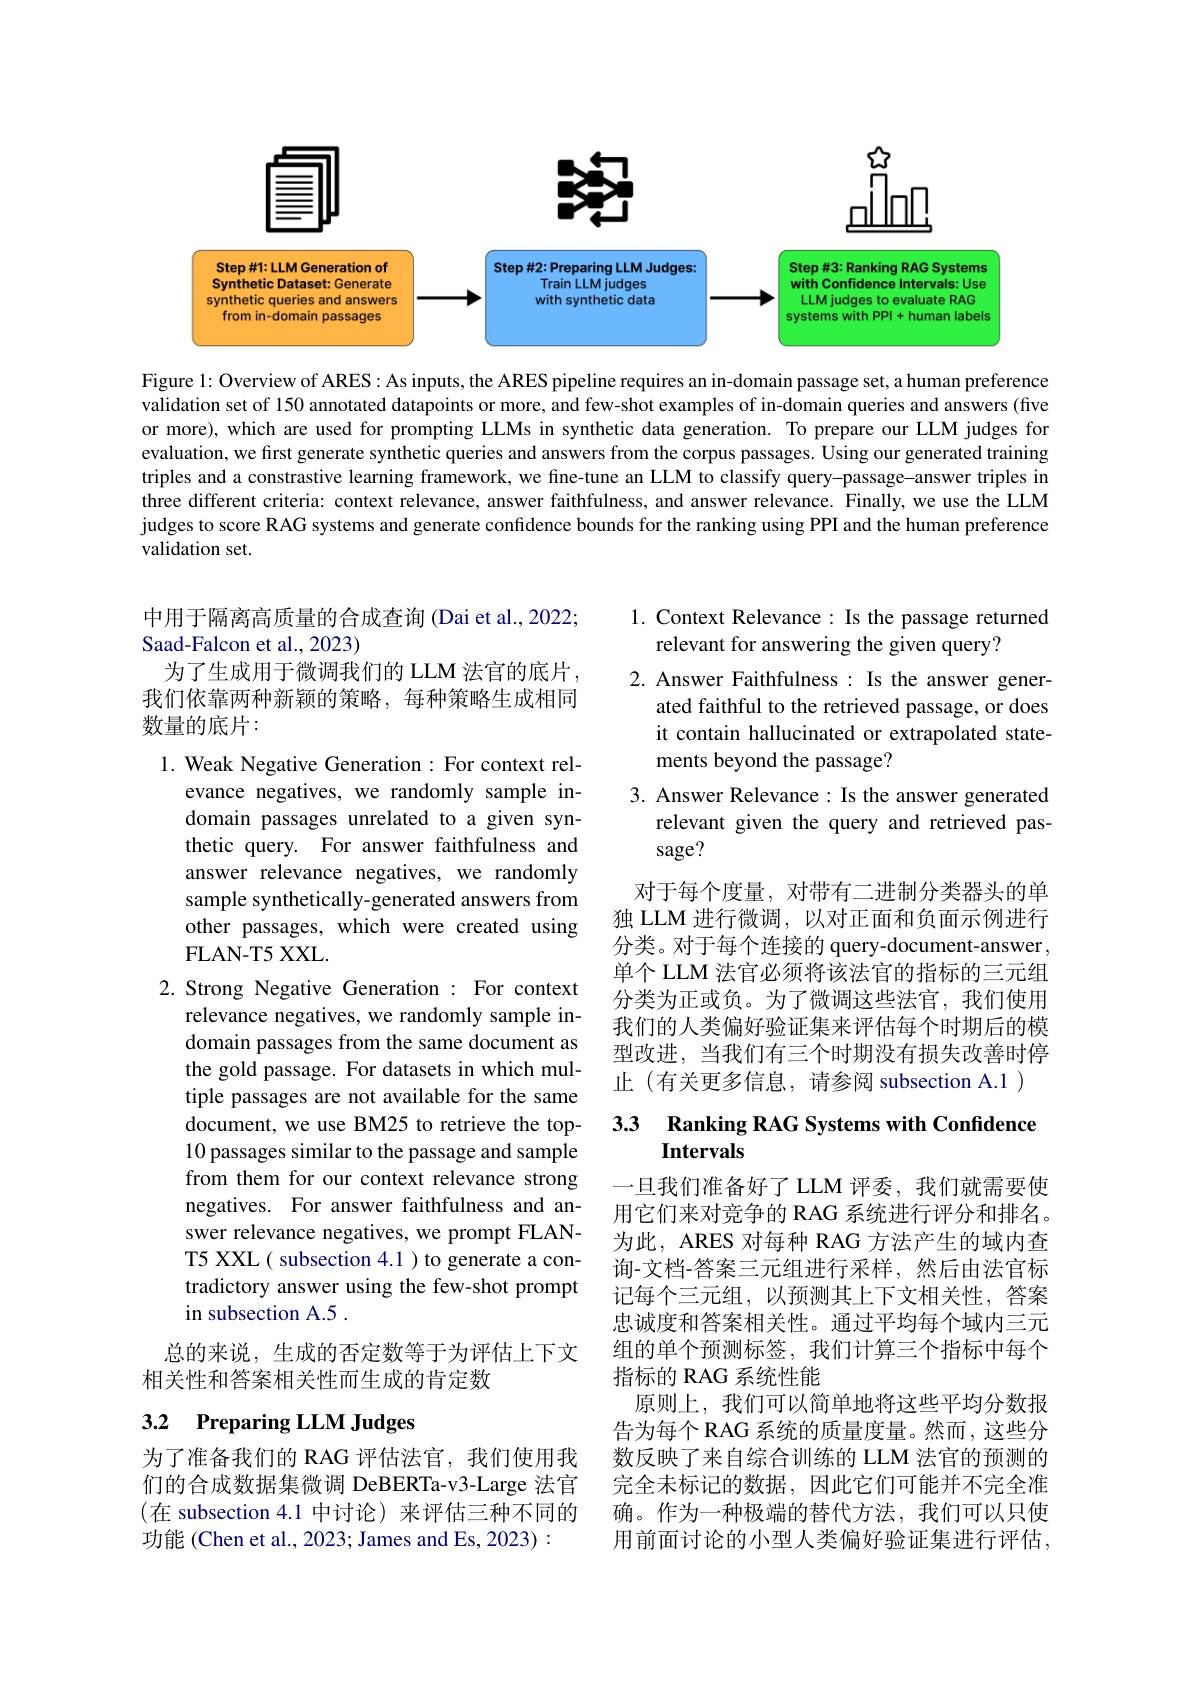
<FigureHere>

Figure l: Overview of ARES: As inputs, the ARES pipeline requires an in-domain passage set, a human preference validation set of 150 annotated datapoints or more, and few-shot examples of in-domain queries and answers (five or more), which are used for prompting LLMs in synthetic data generation. To prepare our LLM judges for evaluation, we first generate synthetic queries and answers from the corpus passages. Using our generated training triples and a constrastive learning framework, we fine-tune an LLM to classify query-passage-answer triples in three different criteria: context relevance, answer faithfulness, and answer relevance. Finally, we use the LLM judges to score RAG systems and generate confidence bounds for the ranking using PPI and the human preference validation set.

中用于隔离高质量的合成查询 (Dai et al., 2022;
Saad-Falcon et al., 2023)
为了生成用于微调我们的 LLM 法官的底片， 我们依靠两种新颖的策略，每种策略生成相同数量的底片：

1. Context Relevance: Is the passage returned
relevant for answering the given query?
2. Answer Faithfulness : Is the answer gener-
ated faithful to the retrieved passage, or does it contain hallucinated or extrapolated statements beyond the passage?
3. Answer Relevance : Is the answer generated
relevant given the query and retrieved pas-
sage?
对于每个度量，对带有二进制分类器头的单独 LLM 进行微调，以对正面和负面示例进行分类。对于每个连接的 query-document-answer , 单个 LLM 法官必须将该法官的指标的三元组分类为正或负。为了微调这些法官，我们使用我们的人类偏好验证集来评估每个时期后的模型改进，当我们有三个时期没有损失改善时停止(有关更多信息，请参阅 subsection A.1 )

1. Weak Negative Generation: For context rel-
evance negatives, we randomly sample indomain passages unrelated to a given synthetic query. For answer faithfulness and answer relevance negatives, we randomly sample synthetically-generated answers from other passages, which were created using FLAN- T5 XXL.

2.Strong Negative Generation : For context
relevance negatives, we randomly sample indomain passages from the same document as the gold passage. For datasets in which multiple passages are not available for the same document, we use BM25 to retrieve the top- 10 passages similar to the passage and sample from them for our context relevance strong negatives. For answer faithfulness and answer relevance negatives, we prompt FLANT5 XXL( subsection 4.1 ) to generate a contradictory answer using the few-shot prompt in subsection A.5 .
总的来说，生成的否定数等于为评估上下文
相关性和答案相关性而生成的肯定数
3.2 Preparing LLM Judges

## 3.3 Ranking RAG Systems with Confidence Intervals

一旦我们准备好了 LLM 评委，我们就需要使用它们来对竞争的 RAG 系统进行评分和排名。为此，ARES 对每种 RAG 方法产生的域内查询-文档-答案三元组进行采样，然后由法官标记每个三元组，以预测其上下文相关性，答案忠诚度和答案相关性。通过平均每个域内三元组的单个预测标签，我们计算三个指标中每个指标的 RAG 系统性能
原则上，我们可以简单地将这些平均分数报告为每个 RAG 系统的质量度量。然而，这些分数反映了来自综合训练的 LLM 法官的预测的完全未标记的数据，因此它们可能并不完全准确。作为一种极端的替代方法，我们可以只使用前面讨论的小型人类偏好验证集进行评估，

为了准备我们的 RAG 评估法官，我们使用我们的合成数据集微调 DeBERTa-v3-Large 法官(在 subsection 4.1 中讨论) 来评估三种不同的功能 (Chen et al., 2023; James and Es, 2023):